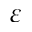
\varepsilon